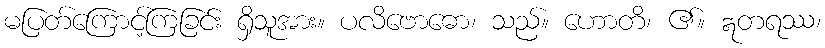
မပြတ်ကြောင့်ကြခြင်း ရှိသူအား။ ပလိဗောဓော၊ သည်။ ဟောတိ၊ ၏။ ဣတရဿ၊